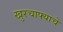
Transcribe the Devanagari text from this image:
खुरचाफ्याचे